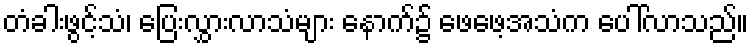
တံခါးဖွင့်သံ၊ ပြေးလွှားလာသံများ နောက်၌ ဖေဖေ့အသံက ပေါ်လာသည်။